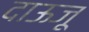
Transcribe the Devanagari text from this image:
दाऊजू